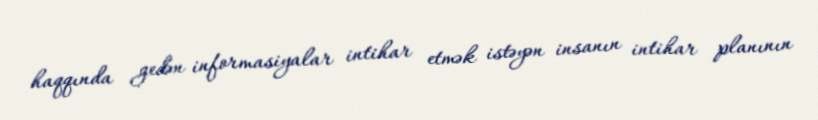
haqqında gedən informasiyalar intihar etmək istəyən insanın intihar planının